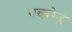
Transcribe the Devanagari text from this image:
नवरोज़